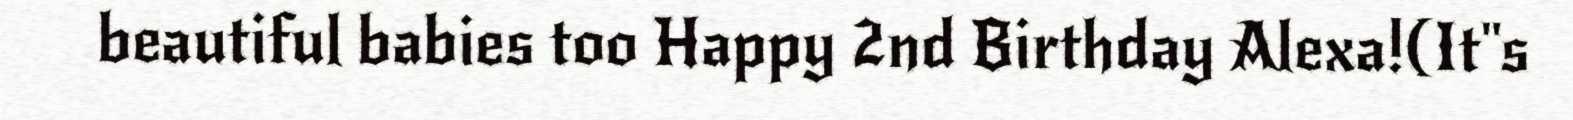
beautiful babies too Happy 2nd Birthday Alexa!(It"s